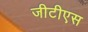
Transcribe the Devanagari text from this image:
जीटीएस